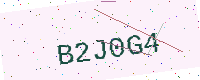
Text: B2J0G4